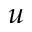
u